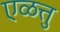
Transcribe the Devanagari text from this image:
एळत्तु